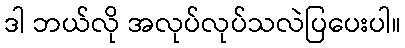
ဒါ ဘယ်လို အလုပ်လုပ်သလဲပြပေးပါ။